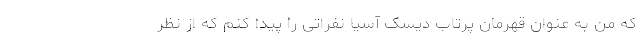
که من به عنوان قهرمان پرتاب دیسک آسیا نفراتی را پیدا کنم که از نظر